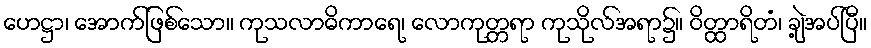
ဟေဋ္ဌာ၊ အောက်ဖြစ်သော။ ကုသလာဓိကာရေ၊ လောကုတ္တရာ ကုသိုလ်အရာ၌။ ဝိတ္ထာရိတံ၊ ချဲ့အပ်ပြီ။